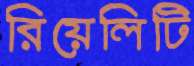
রিয়েলিটি